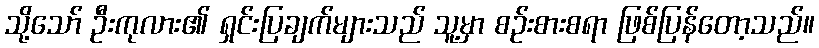
သို့သော် ဦးကုလား၏ ရှင်းပြချက်များသည် သူ့မှာ စဉ်းစားစရာ ဖြစ်ပြန်တော့သည်။